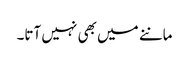
ماننے میں بھی نہیں آتا۔